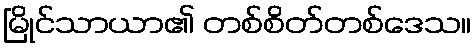
မြိုင်သာယာ၏ တစ်စိတ်တစ်ဒေသ။